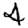
Digit: 4